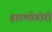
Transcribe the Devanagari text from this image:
हारलोगोरो